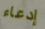
إدعاء